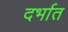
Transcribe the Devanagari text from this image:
दर्भात